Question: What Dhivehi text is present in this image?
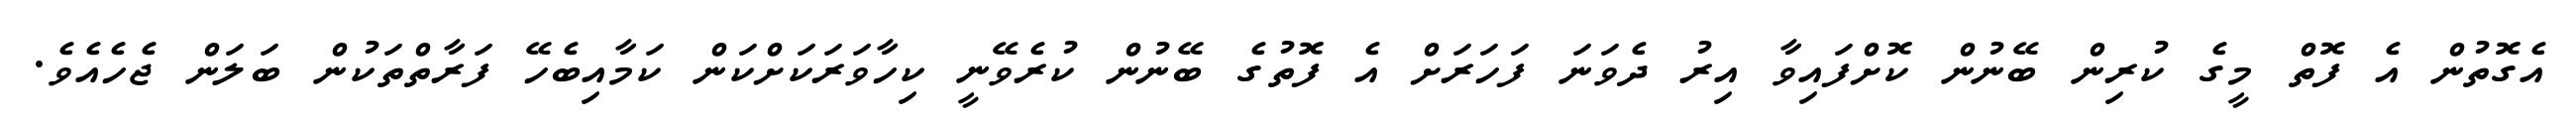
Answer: އެގޮތުން އެ ފޮތް މީގެ ކުރިން ބޭނުން ކޮށްފައިވާ އިރު ދެވަނަ ފަހަރަށް އެ ފޮތުގެ ބޭނުން ކުރެވޭނީ ކިހާވަރަކަށްކަން ކަމާއިބެހޭ ފަރާތްތަކުން ބަލަން ޖެހެއެވެ.